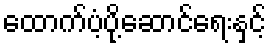
ထောက်ပံ့ပို့ဆောင်ရေးနှင့်